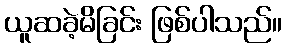
ယူဆခဲ့မိခြင်း ဖြစ်ပါသည်။